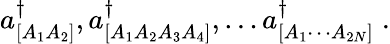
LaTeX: a_{[A_{1}A_{2}]}^{\dagger},a_{[A_{1}A_{2}A_{3}A_{4}]}^{\dagger},\dots a_{[A_{1}\cdots A_{2N}]}^{\dagger}\; .